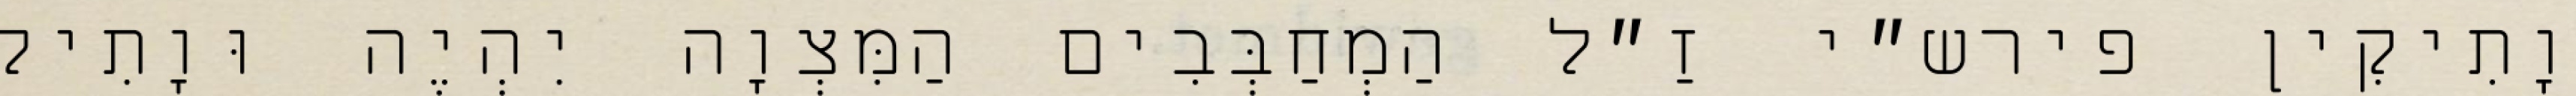
וָתִיקִין פירש״י זַ״ל הַמְחַבְּבִים הַמִּצְוָה יִהְיֶה וּוָתִיק